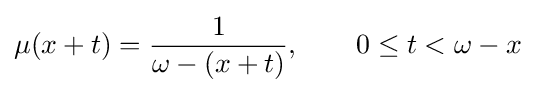
\mu (x+t)={\frac {1}{\omega -(x+t)}},\qquad 0\leq t<\omega -x